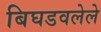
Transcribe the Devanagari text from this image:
बिघडवलेले